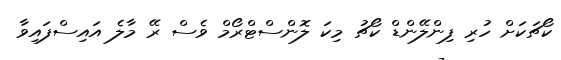
ކޯޗަކަށް ހުރި ފިންލޭންޑް ކޯޗު މިކަ ލޮންސްޓްރޯމް ވެސް ރޭ މާލެ އައިސްފައިވާ